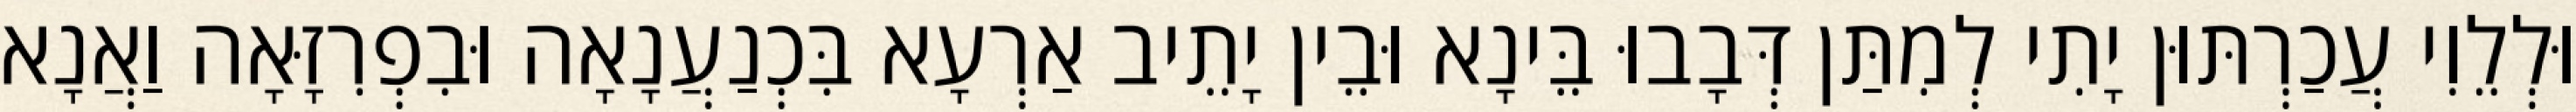
וּלְלֵוִי עֲכַרְתּוּן יָתִי לְמִתַּן דְּבָבוּ בֵּינָא וּבֵין יָתֵיב אַרְעָא בִּכְנַעֲנָאָה וּבִפְרִזָּאָה וַאֲנָא